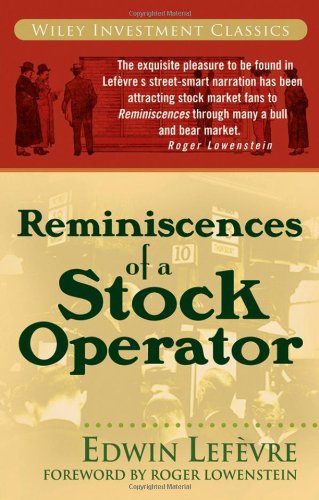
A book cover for Reminiscences of a Stock Operator; Edwin  LefÃ¨vre; Business & Money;